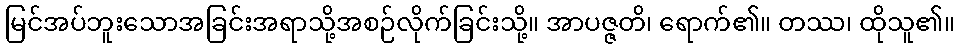
မြင်အပ်ဘူးသောအခြင်းအရာသို့အစဉ်လိုက်ခြင်းသို့။ အာပဇ္ဇတိ၊ ရောက်၏။ တဿ၊ ထိုသူ၏။